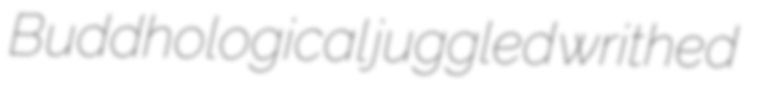
Buddhological juggled writhed